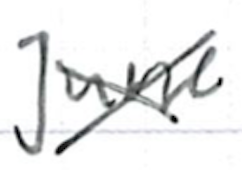
Text: June
Cross-out: cross
Writing tool: ballpoint